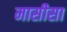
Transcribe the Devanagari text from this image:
मासीसा